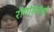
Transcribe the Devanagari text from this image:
रोगांसंबंधी